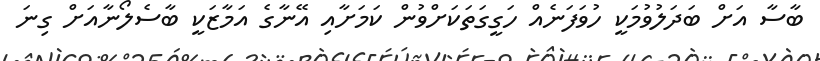
ބާސާ އަށް ބަދަލުވުމަކީ ހުވަފަނެއް ހަގީގަތަކަށްވުން ކަމަށާއި އޭނާގެ އަމާޒަކީ ބާސެލޯނާއަށް ގިނަ